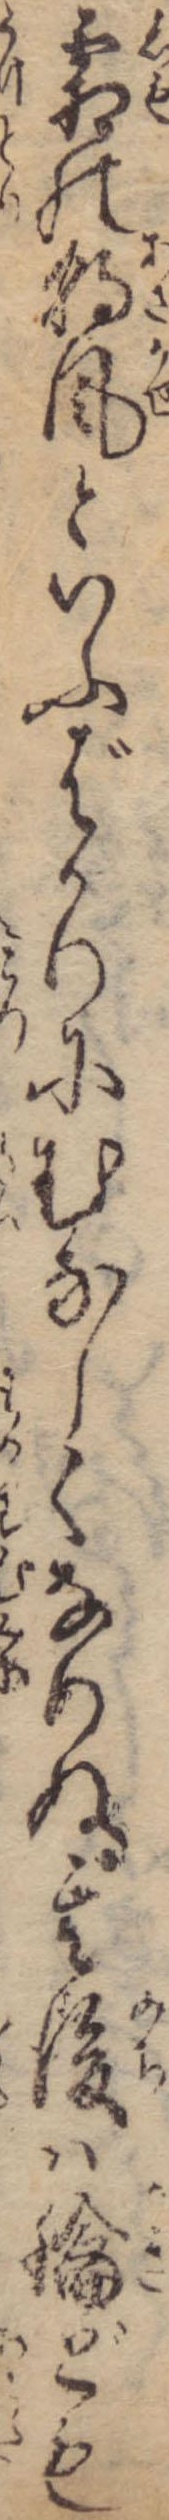
霜の朝風といふばかりにむなしくなりぬ其後は鑰ども